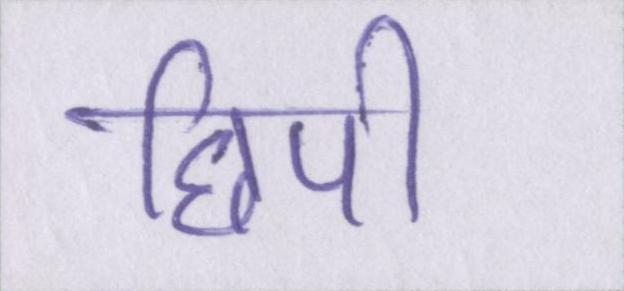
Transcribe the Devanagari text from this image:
छिपी